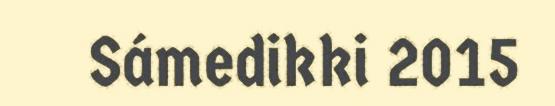
Sámedikki 2015